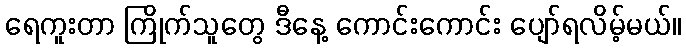
ရေကူးတာ ကြိုက်သူတွေ ဒီနေ့ ကောင်းကောင်း ပျော်ရလိမ့်မယ်။